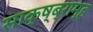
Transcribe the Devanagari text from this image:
साक्ष्ब्राम्ह